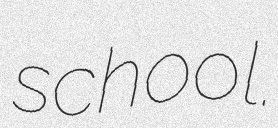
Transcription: school.